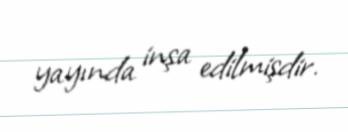
yayında inşa edilmişdir.